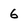
Character: 6